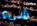
شيء